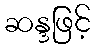
ဆန္ဒဖြင့်